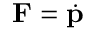
\; \mathbf { F } = { \dot { \mathbf { p } } }